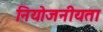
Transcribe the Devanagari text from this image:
नियोजनीयता